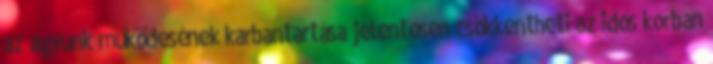
az agyunk működésének karbantartása jelentősen csökkentheti az idős korban